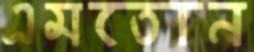
এমতোন